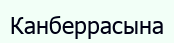
Канберрасына